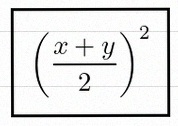
\left(\frac{x+y}{2}\right)^2